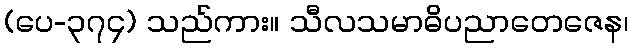
(ပေ-၃၇၄) သည်ကား။ သီလသမာဓိပညာတေဇေန၊